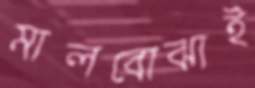
মালবোঝাই